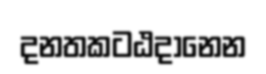
දනතකටඨදානෙන